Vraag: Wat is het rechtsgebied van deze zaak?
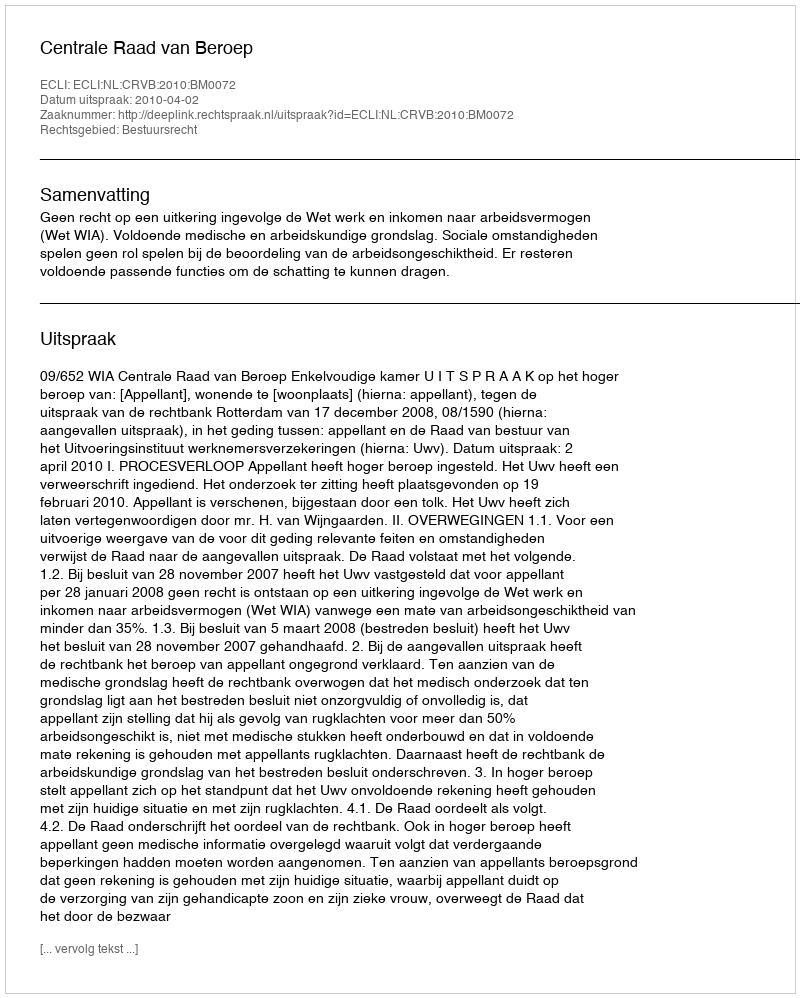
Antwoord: Bestuursrecht